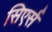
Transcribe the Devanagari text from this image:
सिएर्स